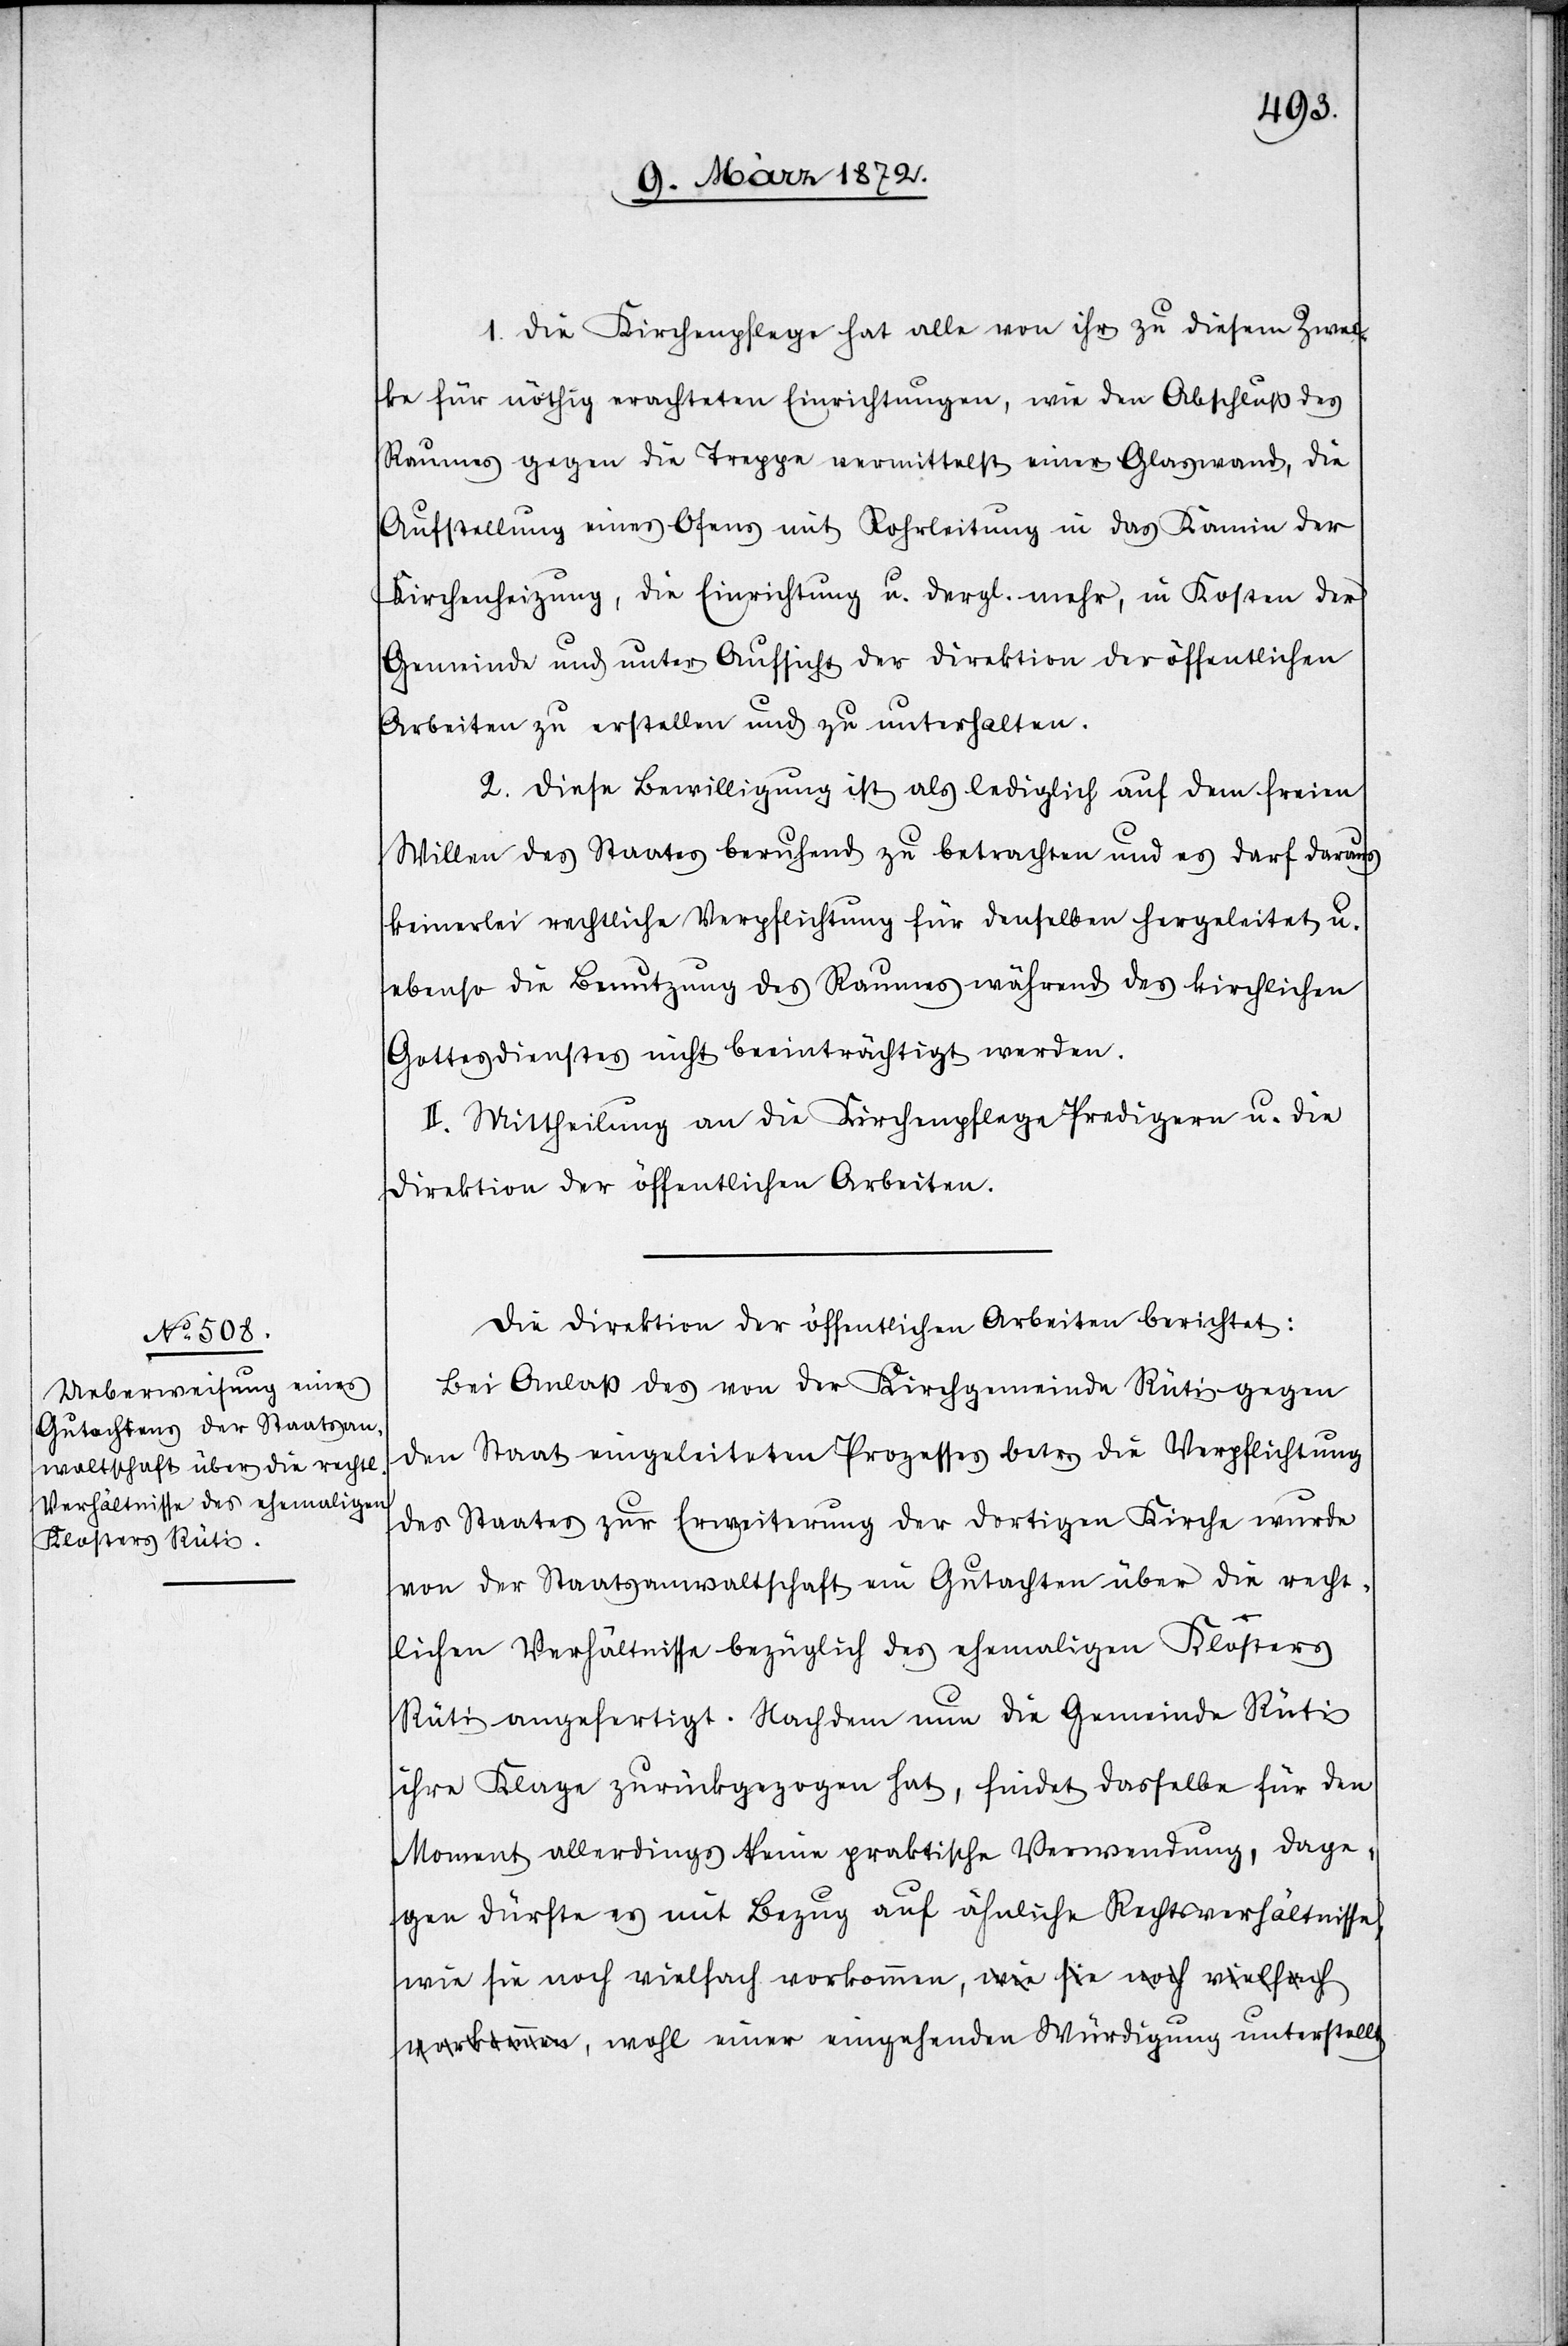
1. Die Kirchenpflege hat alle von ihr zu diesem Zwec¬
ke für nöthig erachteten Einrichtungen, wie den Abschluß des
Raumes gegen die Treppe vermittelst einer Glaswand, die
Aufstellung eines Ofens mit Rohrleitung in das Kamin der
Kirchenheizung, die Einrichtung u. dergl. mehr, in Kosten der
Gemeinde und unter Aufsicht der Direktion der öffentlichen
Arbeiten zu erstellen und zu unterhalten.
2. Diese Bewilligung ist als lediglich auf dem freien
Willen des Staates beruhend zu betrachten und es darf daraus
keinerlei rechtliche Verpflichtung für denselben hergeleitet u.
ebenso die Benutzung des Raumes während des kirchlichen
Gottesdienstes nicht beeinträchtigt werden.
II. Mittheilung an die Kirchenpflege Predigern u. die
Direktion der öffentlichen Arbeiten.
Die Direktion der öffentlichen Arbeiten berichtet:
Bei Anlaß des von der Kirchgemeinde Rüti gegen
den Staat eingeleiteten Prozesses betr. die Verpflichtung
des Staates zur Erweiterung der dortigen Kirche wurde
von der Staatsanwaltschaft ein Gutachten über die recht¬
lichen Verhältnisse bezüglich des ehemaligen Klosters
Rüti angefertigt. Nachdem nun die Gemeinde Rüti
ihre Klage zurückgezogen hat, findet dasselbe für den
Moment allerdings keine praktische Verwendung, dage¬
gen dürfte es mit Bezug auf ähnliche Rechtsverhältnisse,
wie sie noch vielfach vorkommen, wohl einer eingehenden